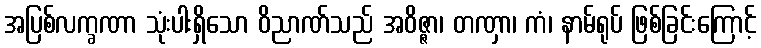
အပြစ်လက္ခဏာ သုံးပါးရှိသော ဝိညာဏ်သည် အဝိဇ္ဇာ၊ တဏှာ၊ ကံ၊ နာမ်ရုပ် ဖြစ်ခြင်းကြောင့်